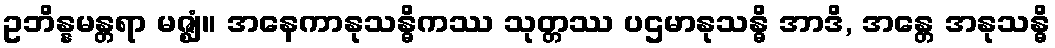
ဥဘိန္နမန္တရာ မဇ္ဈံ။ အနေကာနုသန္ဓိကဿ သုတ္တဿ ပဌမာနုသန္ဓိ အာဒိ, အန္တေ အနုသန္ဓိ